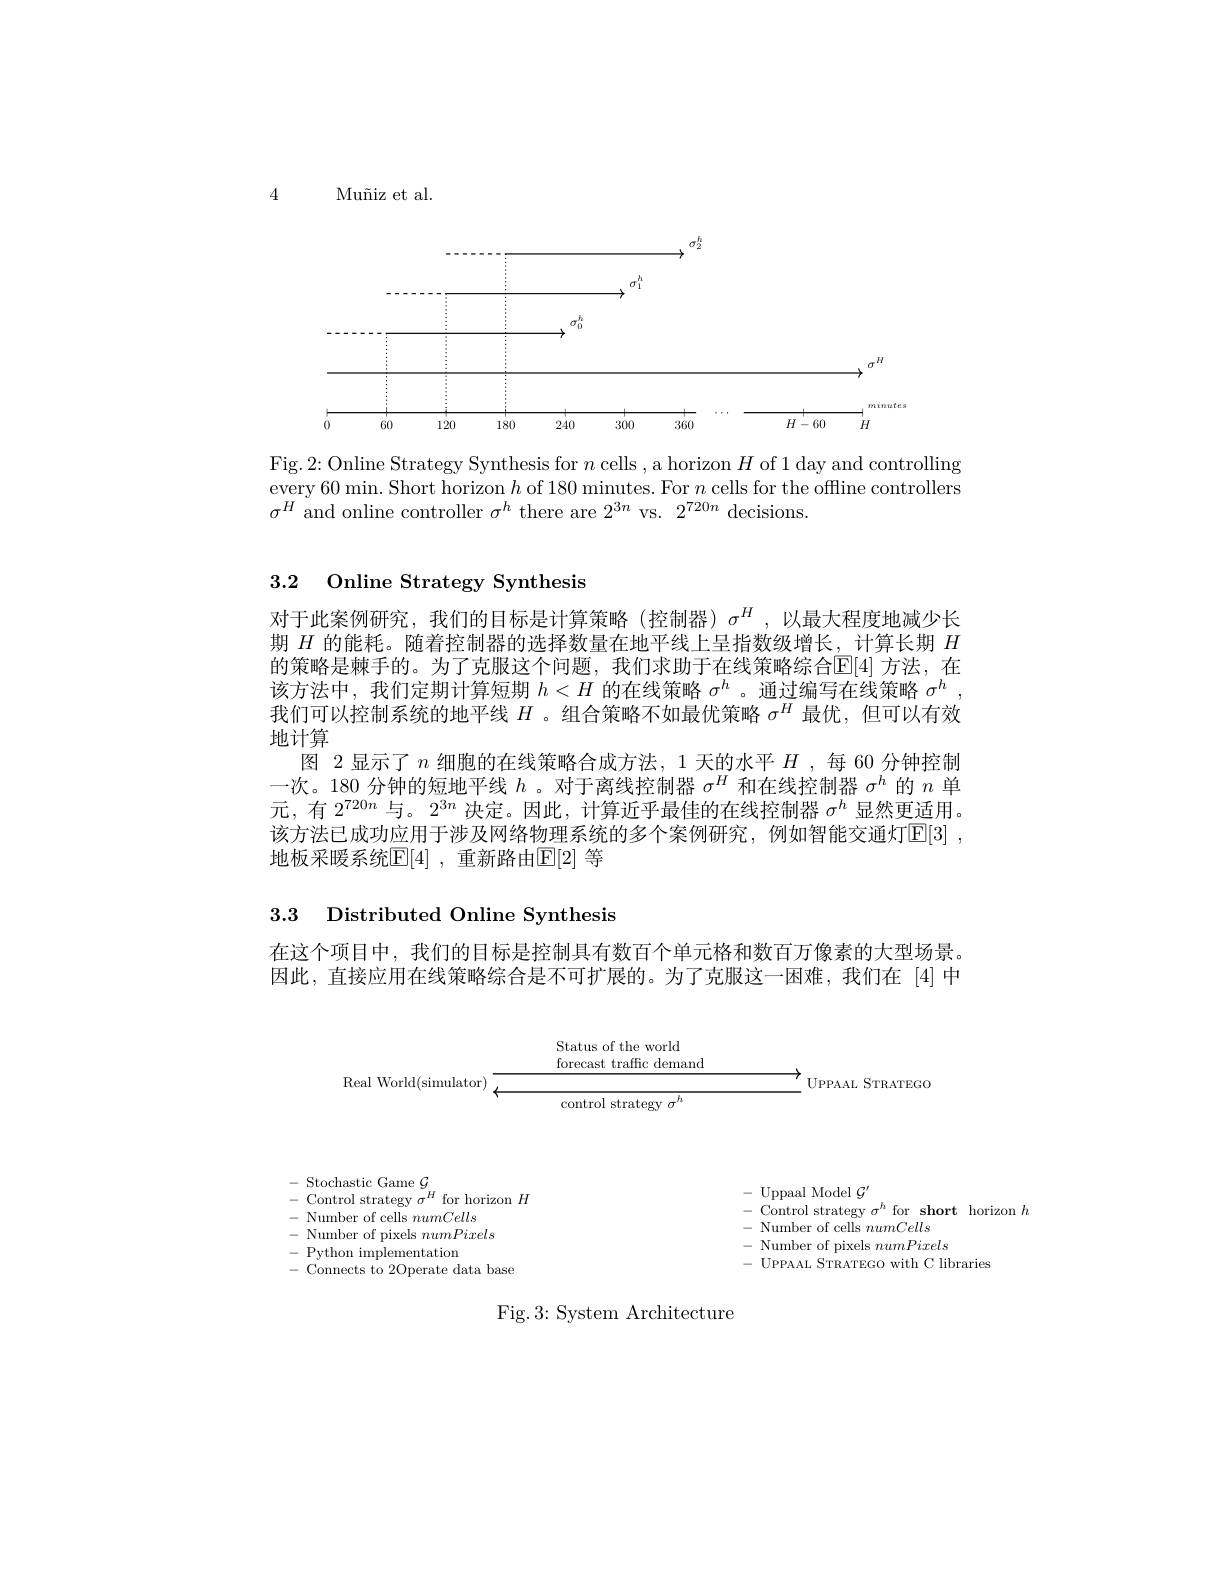
4

Muñiz et al.

<FigureHere>

Fig.2: Online Strategy Synthesis for $n$ cells , a horizon $H$ of 1 day and controlling every 60 min. Short horizon $h$ of 180 minutes. For $n$ cells for the offline controllers $\sigma^{H}$ and online controller $\sigma^h$ there are $2^3n$ vs. $2^720n$ decisions.

# 3.2 Online Strategy Synthesis

对于此案例研究，我们的目标是计算策略(控制器)$\sigma^H$,以最大程度地减少长期$H$的能耗。随着控制器的选择数量在地平线上呈指数级增长，计算长期$H$ 的策略是棘手的。为了克服这个问题，我们求助于在线策略综合E[4] 方法，在该方法中，我们定期计算短期$h<H$的在线策略$\sigma^h$ 。通过编写在线策略$\sigma^h$ 我们可以控制系统的地平线$H$ 。组合策略不如最优策略$\sigma^H$最优，但可以有效地计算
图 2 显示了$n$细胞的在线策略合成方法，1 天的水平$H$ ,每 60 分钟控制一次。180 分钟的短地平线$h$ 。对于离线控制器$\sigma^H$和在线控制器$\sigma^h$的$n$单元，有$2^{720n}$与。$2^{3n}$决定。因此，计算近乎最佳的在线控制器$\sigma^h$显然更适用。该方法已成功应用于涉及网络物理系统的多个案例研究，例如智能交通灯E[3] , 地板采暖系统$\mathbb{E}[4]$ ,重新路由$\mathbb{E}[2]$ 等

# 3.3 Distributed Online Synthesis

在这个项目中，我们的目标是控制具有数百个单元格和数百万像素的大型场景。因此，直接应用在线策略综合是不可扩展的。为了克服这一困难，我们在[4]中

Status of the world
forecast traffic demand

${\mathrm{control~strategy~}\sigma^{h}}$

${\mathbf{L}}_{\mathrm{~UPPAAL~STRATEGO}}$

Real World(simulator) Z

- Stochastic Game $\mathcal{G}_{\mathrm{pr}}$
- Control strategy $\bar\sigma^H$ for horizon $H$
- Number of cells numCells
- Number of pixels numPixels
- Python implementation
- Connects to 2Operate data base

- Uppaal Model $\mathcal{G}^\prime$
- Control strategy $\sigma^h$ for short horizon $h$
$- \textbf{ Number of cells }numCells$ - Number of pixels numPixels - UPPAAL STRATEGO with C libraries

Fig.3: System Architecture